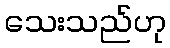
သေးသည်ဟု